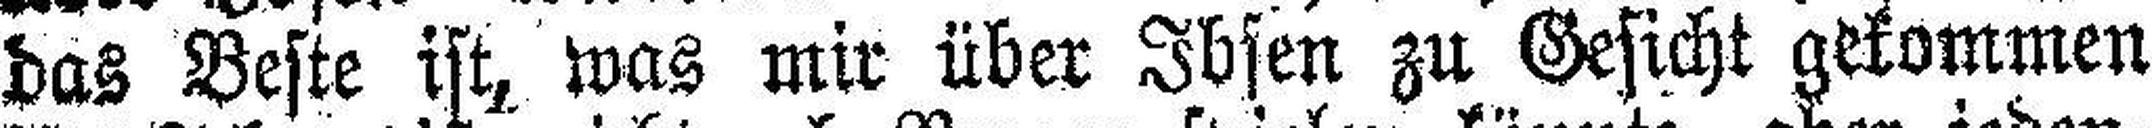
das Beste ist, was mir über Ibsen zu Gesicht gekommen